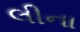
લીના